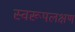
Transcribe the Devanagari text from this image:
स्वरूपलक्षण